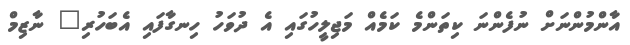
އާންމުންނަށް ނުފެންނަ ކިތަންމެ ކަމެއް މަޖިލީހުގައި އެ ދުވަހު ހިނގާފައި އެބަހުރި" ނާޒިމް